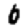
Digit: 0